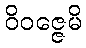
ဝိဝဇ္ဇေမိ